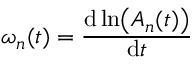
\omega _ { n } ( t ) = \frac { \mathrm { d } \ln \bigl ( A _ { n } ( t ) \bigr ) } { \mathrm { d } t }